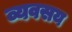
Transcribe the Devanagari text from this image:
व्यवसय